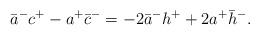
LaTeX: \begin{align*}\bar{a}^-c^+-a^+\bar{c}^-=-2\bar{a}^-h^++2a^+\bar{h}^-.\end{align*}